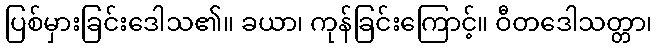
ပြစ်မှားခြင်းဒေါသ၏။ ခယာ၊ ကုန်ခြင်းကြောင့်။ ဝီတဒေါသတ္တာ၊